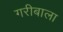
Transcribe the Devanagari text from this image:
गरीबाला